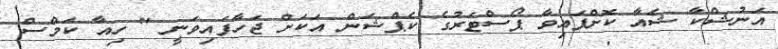
އަނުޝްކާ ޝެއާ ކޮށްފައިވާ ޕޯސްޓަރުގެ ކެޕްޝަން އަކަށް ޖަހާފައިވަނީ " ހިއާ ކަމްސް